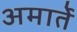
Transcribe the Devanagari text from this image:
अमार्ते